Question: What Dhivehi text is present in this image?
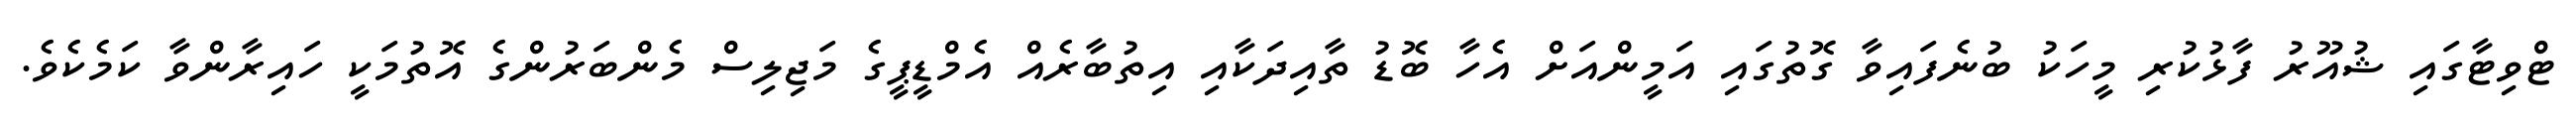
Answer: ޓްވިޓާގައި ޝުއޫރު ފާޅުކުރި މީހަކު ބުނެފައިވާ ގޮތުގައި އަމީންއަށް އެހާ ބޮޑު ތާއިދަކާއި އިތުބާރެއް އެމްޑީޕީގެ މަޖިލިސް މެންބަރުންގެ އޮތުމަކީ ހައިރާންވާ ކަމެކެވެ.